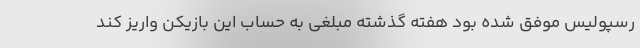
رسپولیس موفق شده بود هفته گذشته مبلغی به حساب این بازیکن واریز کند